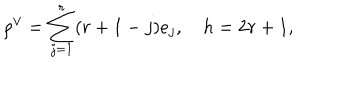
\rho ^ { \vee } = \sum _ { j = 1 } ^ { r } ( r + 1 - j ) e _ { j } , \quad h = 2 r + 1 ,